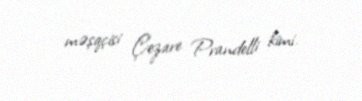
məşqçisi Çezare Prandelli kimi.